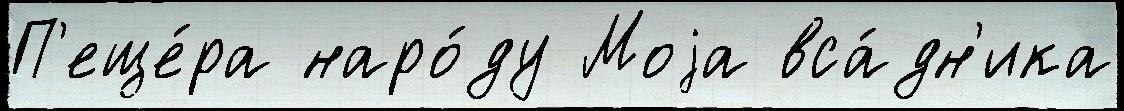
П'еще́ра наро́ду Моjа вса́дн'ика